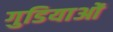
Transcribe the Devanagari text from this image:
गुडियाओं